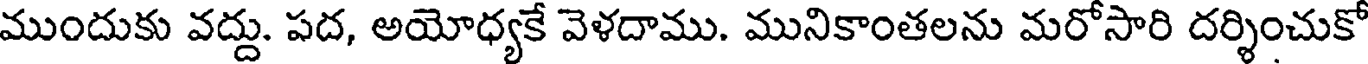
ముందుకు వద్దు. పద, అయోధ్యకే వెళదాము. మునికాంతలను మరోసారి దర్శించుకో